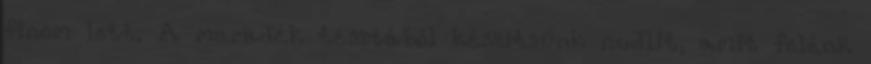
finom lett. A maradék tésztából készítsünk nudlit, amit felénk